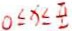
0 \leq x \leq \frac { \pi } { 2 }